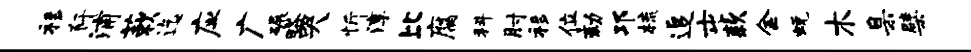
移阡浦蔌迄应广碾略哭忻淳比腐科肘移位劾邛梳追屯款金蜕木臬檗